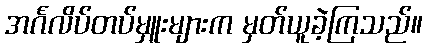
အင်္ဂလိပ်တပ်မှူးများက မှတ်ယူခဲ့ကြသည်။